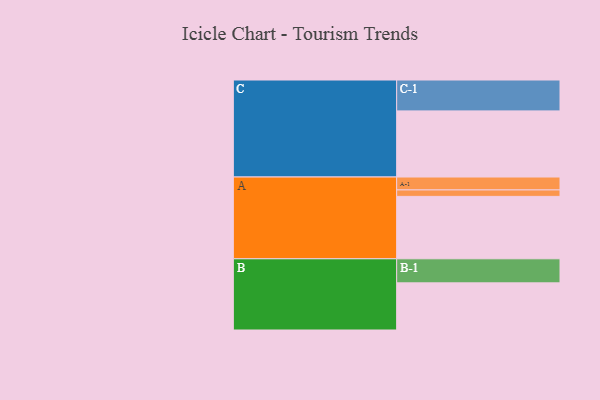
{"axis": {"x": "Segment", "y": "Value"}, "legend": ["", "A", "B", "C"], "data": [{"x": "A", "y": 503, "type": ""}, {"x": "B", "y": 380, "type": ""}, {"x": "C", "y": 533, "type": ""}, {"x": "A-1", "y": 104, "type": "A"}, {"x": "A-2", "y": 52, "type": "A"}, {"x": "B-1", "y": 194, "type": "B"}, {"x": "C-1", "y": 249, "type": "C"}]}